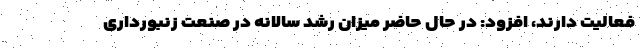
فعالیت دارند، افزود: در حال حاضر میزان رشد سالانه در صنعت زنبورداری